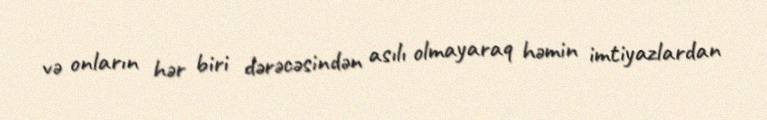
və onların hər biri dərəcəsindən asılı olmayaraq həmin imtiyazlardan